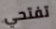
تفتحي